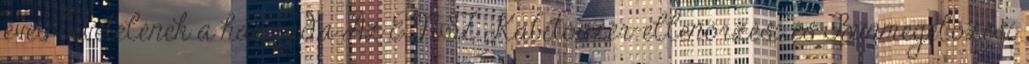
éves bevételének a harmada Az ENSZ Kábítószer-ellenőrzési és Bűnmegelőzési